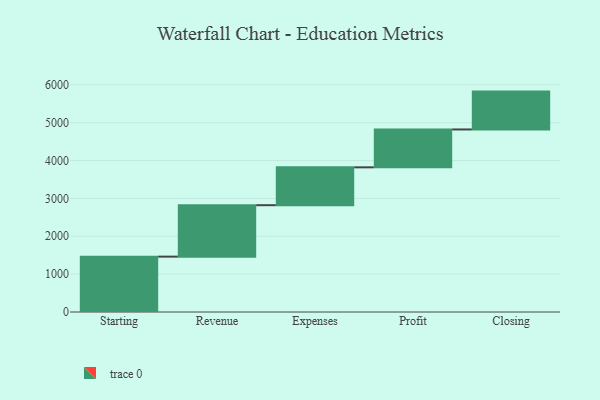
{"axis": {"x": "Step", "y": "Value"}, "legend": [""], "data": [{"x": "Starting", "y": 1462.0, "type": ""}, {"x": "Revenue", "y": 1359.0, "type": ""}, {"x": "Expenses", "y": 1000, "type": ""}, {"x": "Profit", "y": 1000, "type": ""}, {"x": "Closing", "y": 1000, "type": ""}]}